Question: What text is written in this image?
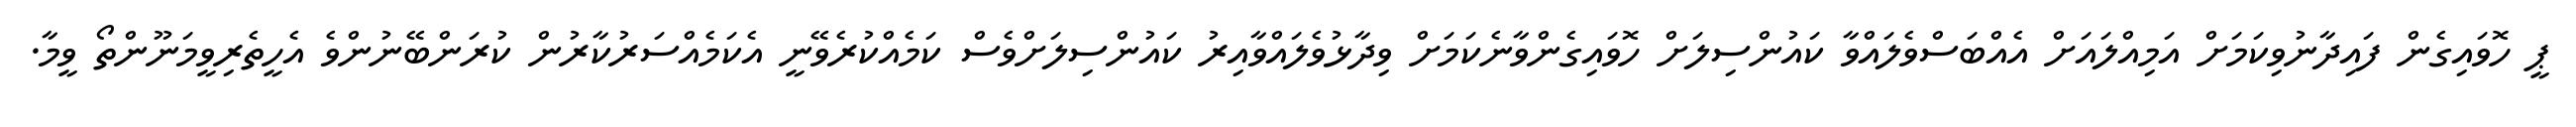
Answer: ޕީ ހޮވައިގެން ފައިދާނުވިކަމަށް އަމިއްލައަށް އެއްބަސްވެލައްވާ ކައުންސިލަށް ހޮވައިގެންވާނެކަމަށް ވިދާޅުވެލައްވާއިރު ކައުންސިލަށްވެސް ކަމެއްކުރެވޭނީ އެކަމެއްސަރުކާރުން ކުރަންބޭނުންވެ އެހީތެރިވީމަނޫންތޯ ވީމާ.